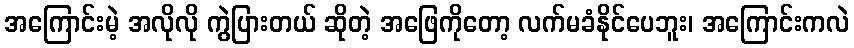
အကြောင်းမဲ့ အလိုလို ကွဲပြားတယ် ဆိုတဲ့ အဖြေကိုတော့ လက်မခံနိုင်ပေဘူး၊ အကြောင်းကလဲ